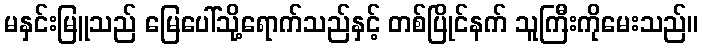
မနှင်းမြူသည် မြေပေါ်သို့ရောက်သည်နှင့် တစ်ပြိုင်နက် သူကြီးကိုမေးသည်။